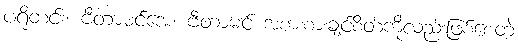
ပရိုတင်း၊ ဗီတာမင်အေ၊ ဗီတာမင် အစားစားချင်စိတ်ကိုလည်းဖြစ်စေတဲ့